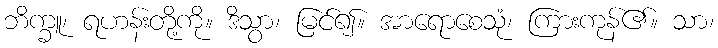
ဘိက္ခူ၊ ရဟန်းတို့ကို။ ဒိသွာ၊ မြင်၍။ အာရောစေသုံ၊ ကြားကုန်၏။ သာ၊